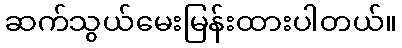
ဆက်သွယ်မေးမြန်းထားပါတယ်။